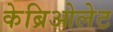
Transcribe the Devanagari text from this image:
केब्रिओलेट